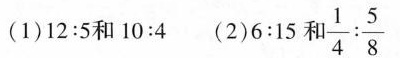
(1) $$1 2 : 5$$和$$1 0 : 4$$ (2)$$6 : 1 5$$ 和$$\frac { 1 } { 4 } : \frac { 5 } { 8 }$$